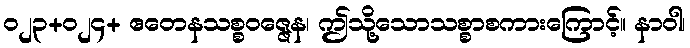
၀၂၃+၀၂၄+ ဧတေနသစ္စဝဇ္ဇေန၊ ဤသို့သောသစ္စာစကားကြောင့်။ နာဝါ၊